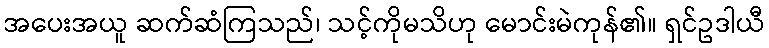
အပေးအယူ ဆက်ဆံကြသည်၊ သင့်ကိုမသိဟု မောင်းမဲကုန်၏။ ရှင်ဥဒါယီ